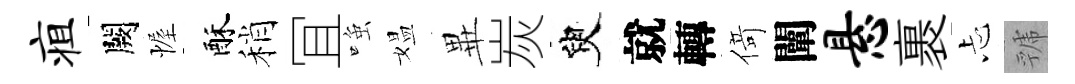
疽闕幄酥稍冝𫪻媪𭺾炭臾就轉𠋣闡悬裹忐虢